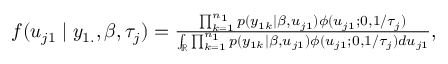
\begin{array} { r } { f ( u _ { j 1 } \mid y _ { 1 . } , \beta , \tau _ { j } ) = \frac { \prod _ { k = 1 } ^ { n _ { 1 } } p ( y _ { 1 k } \mid \beta , u _ { j 1 } ) \phi ( u _ { j 1 } ; 0 , 1 / \tau _ { j } ) } { \int _ { \mathbb { R } } \prod _ { k = 1 } ^ { n _ { 1 } } p ( y _ { 1 k } \mid \beta , u _ { j 1 } ) \phi ( u _ { j 1 } ; 0 , 1 / \tau _ { j } ) d u _ { j 1 } } , } \end{array}